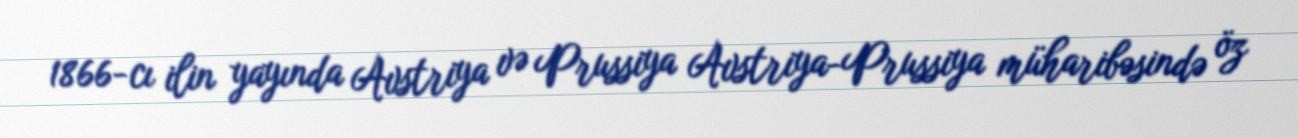
1866-cı ilin yayında Avstriya və Prussiya Avstriya-Prussiya müharibəsində öz